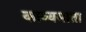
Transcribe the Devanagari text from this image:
काव्यमाता